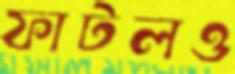
ফাটলও